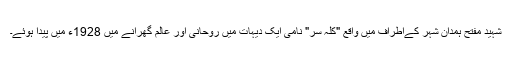
شہید مفتح ہمدان شہر کےاطراف میں واقع "کلہ سر" نامی ایک دیہات میں روحانی اور عالم گھرانے میں 1928ء میں پیدا ہوئے۔